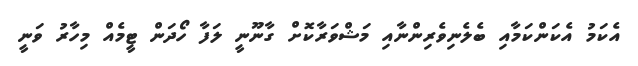
އެކަމު އެކަންކަމާއި ބެލެނިވެރިންނާއި މަޝްވަރާކޮށް ގާނޫނީ ލަފާ ހޯދަން ޓީމެއް މިހާރު ވަނީ